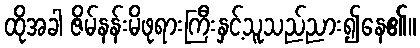
ထိုအခါ ဇိမ်နန်းမိဖုရားကြီးနှင့်သူသည်ညား၍နေ၏။